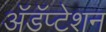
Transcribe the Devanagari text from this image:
अॅडॅप्टेशन